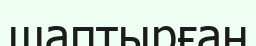
шаптырған